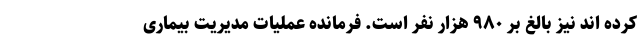
کرده اند نیز بالغ بر ۹۸۰ هزار نفر است. فرمانده عملیات مدیریت بیماری